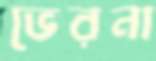
ভেরনা